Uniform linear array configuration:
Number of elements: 64
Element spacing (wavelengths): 1
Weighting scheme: kaiser
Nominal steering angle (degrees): -30
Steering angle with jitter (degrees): -31.719
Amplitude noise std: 0.05
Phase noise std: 0.05

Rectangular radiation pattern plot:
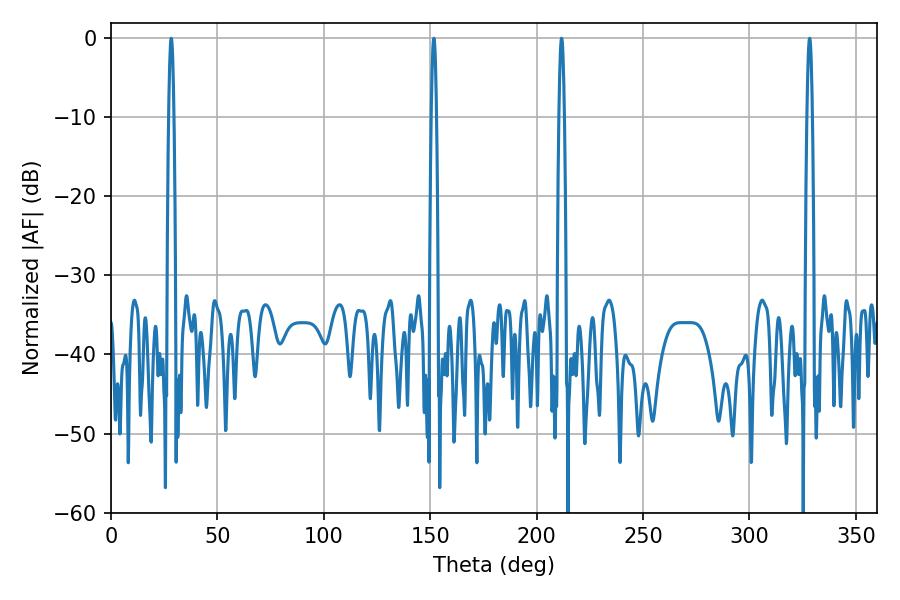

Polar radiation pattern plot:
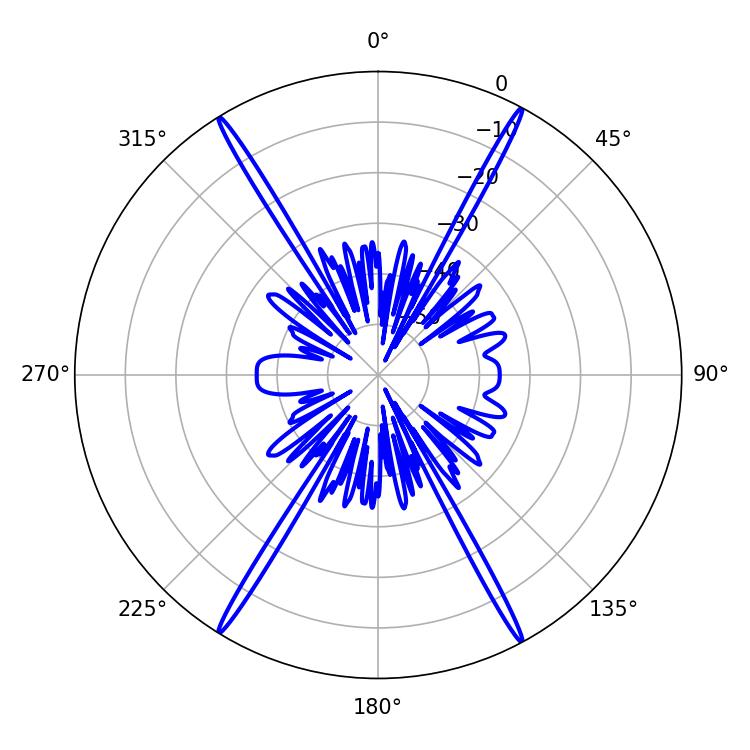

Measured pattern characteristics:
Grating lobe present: TRUE
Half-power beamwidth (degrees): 1.26
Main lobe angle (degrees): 151.74